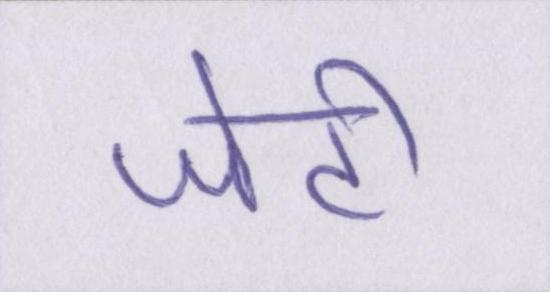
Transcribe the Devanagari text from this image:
जेटी